Report of an investigation into the causes of malaria in Bombay and the measures necessary for its control
Disease focus: Malaria
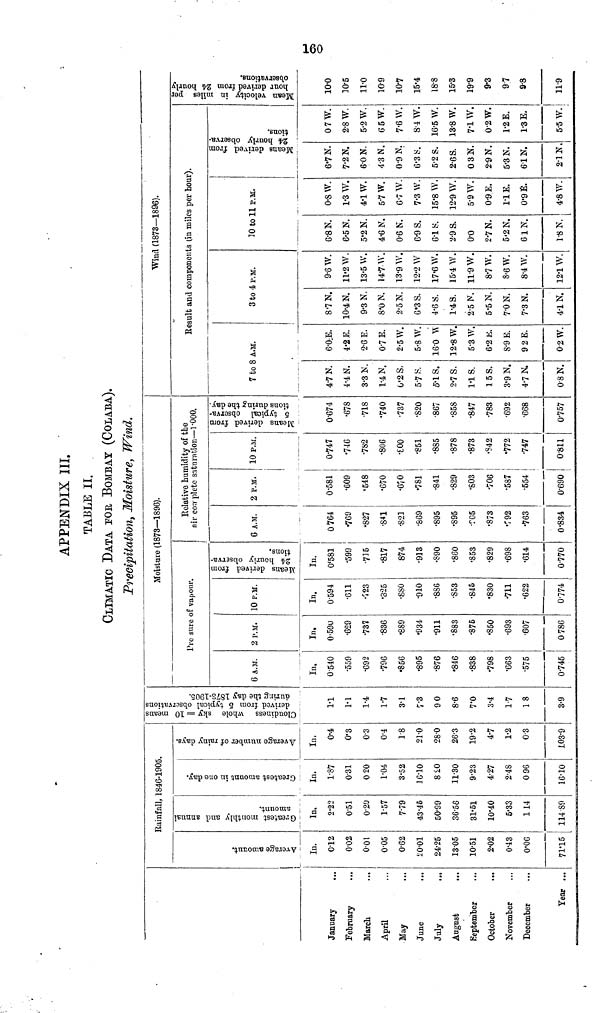
APPENDIX III.
TABLE II.
CLIMATIC DATA POR BOMBAY (COLABA).
Trecipitatioii) Moisture, Wind,
January
February
March
April
May
...
June
July
August
September
October
November
December
Year ...
a n
o
3
c3
<o
2
O
In.
012
0-02
0-01
005
062
¿001
24-25
1305
10-51
2-02
0-43
0-06
71*15
Rainfall, 1846-1905.
Greatest monthly and annual
amount.
In.
2'22
0-51
0-20
1-57
7-79
43*45
50-99
36-56
31-51
10-40
5-33
114
114 89
Greatest amount in one day.
In.
1-87
0-31
0 20
1-04
3-52
ic-io
8£0
11-30
9-23
4-27
2-48
0 96
16-10
Average number of rainy days.
In,
0-4
0-3
03
0-4
18
210
28-0
263
19-2
4-7
1-2
03
J.03-9
means
vations
Cloudiness whole sky = 10
derived from o typical obser
during the day 1873-1905.
1-1
1-1
1-4
1-7
3-1
7 3
90
8-6
7-0
3-4
1-7
18
3-9
6 A.M.
In.
0-540
•559
•692
•796
•856
•895
•876
•846
•838
•798
•663
•575
0-745
Moisture (1873—1896).
Pre sure of vapour
2 P.M.
In.
0-59U
•629
•737
•836
•8S9
•934
•911
'883
•875
•850
•693
•607
0 786
10 P.M.
In.
0-594
•611
•123
•325
•880
•910
•886
•S53
•845
•830
•711
•622
0-774
Means derived from
24i hourly observa-
tions.
In.
0<581
•599
•715
•817
874
•913
•S90
•860
•853
•829
•698
•614
0-770
Relative humidity of tbe
1 nil- complete saturation—1-000.
6 A.M.
0 764
•769
"827
•8*1
•S21
•869
•895
•895
•ro5
•873
•792
•763
0*834
2 P.M.
0-581
•609
'548
•670
•670
•781
•841
•829
•803
•706
•587
•554
0-690
10 P.M.
0-747
•746
•782
•806
•£00
'851
•885
•878
•873
•S42
•772
•747
0-811
Means derived from
5 typical observa-
tions during the day.
0-674
•67S
•718
'740
•737
•820
•867
•S5S
•847
•783
•692
•668
0-757
1
Result and
7 to 8 A.M.
4-7 N.
4-4 N.
3-3 N.
1-4 N.
0'2 S,
5-7*5.
5-1 S.
2-7 S.
118.
15 S.
3*9 N.
4-7 N.
0-8 N.
6-0:E.
4-2 E.
2-6 E.
0-7 E.
2-5 W.
5-8 W.
160 1
2-8 W.
5-3 W.
6'2E.
8-9 E.
9 2E.
0 2W.
Wind (1873—1896).
components (in miles per hour).
3 to 4 P.M.
8'7N.
10-4 N.
9-3 N.
8*0 N.
2'5N.
6'3S.
4-6 S.
1-4 S.
2-5 N.
5-5 N.
7-0 N.
7-3 N.
4-1 N.
9-6 W.
11*2 W.
13*5 W.
14-7- W.
13-9 W.
12-2 W
17-6 W.
15-4 W.
119 W.
8-7 W.
8-6 W.
8-4 W.
121 W.
10 to 11 P.M.
6-8 N.
6-5 N.
5*2 N.
4-6 N.
0-6 tí.
6-9 S.
6-1 y.
2-9 S.
o-o
2-7 N.
5*2 N.
6 IN.
1-8 N.
0-8 W.
1-3 W.
4-1 W.
5-7 W.
6-7 W.
7-3 W.
15-8 W.
12-9 W.
5-9 W.
0-9 E.
TIE.
0'9 É.
4-8 W.
Means derived from
24 houi'ly observa-
tions.
6*7 N.
7-2 N.
6-0 N.
4-3 N.
0-9 N.
6'3 y.
5-2 S.
2-6 S.
0 3N.
2-9 N.
5-3 N.
61 N.
2-1 N.
0 7W.
2-8 W.
5-2 W.
6'5W.
7-6 W.
8-1 W.
16-5 W.
13-8 W.
7-1 W.
0-2 W.
1-2 E.
1-8 E.
5-5 W.
o
<o
IS Ŝ
«
•M
%%%
10-0
10-5
11-0
109
10-7
15-4
18-8
15-3
19-9
9-3
97
9-8
11-9
Ci
O